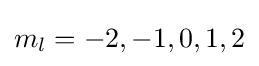
m_{l}=-2,-1,0,1,2